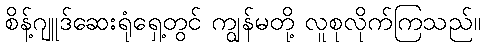
စိန့်ဂျူဒ်ဆေးရုံရှေ့တွင် ကျွန်မတို့ လူစုလိုက်ကြသည်။